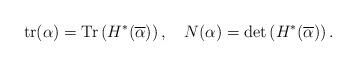
LaTeX: \begin{align*}\operatorname{tr}(\alpha)=\operatorname{Tr}\left(H^{*}(\overline{\alpha})\right),\ \ \ N(\alpha)=\operatorname{det}\left(H^{*}(\overline{\alpha})\right) .\end{align*}